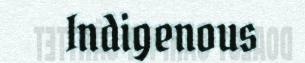
Indigenous